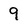
Character: 9